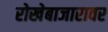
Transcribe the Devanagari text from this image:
रोखेबाजारावर